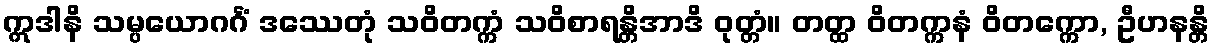
ဣဒါနိ သမ္ပယောဂင်္ဂံ ဒဿေတုံ သဝိတက္ကံ သဝိစာရန္တိအာဒိ ဝုတ္တံ။ တတ္ထ ဝိတက္ကနံ ဝိတက္ကော, ဦဟနန္တိ